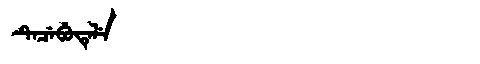
Manchu: ᡨᡝᠴᡝᠪᡠᡨᡝᠯᡝ
Romanization: TECEBUTELE